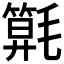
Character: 𣰖